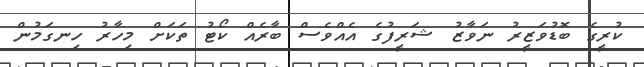
ކުރީގެ ބޮޑުވަޒީރު ނަވާޒު ޝަރީފުގެ އެއްވެސް ބާރެއް ކޯޓު ތަކަށް މިހާރު ހިނގަމުން